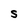
Character: S